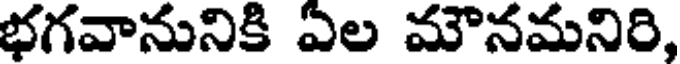
భగవానునికి ఏల మౌనమనిరి,